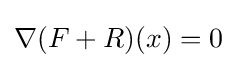
\nabla (F+R)(x)=0